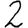
Digit: 2